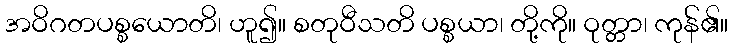
အဝိဂတပစ္စယောတိ၊ ဟူ၍။ စတုဝီသတိ ပစ္စယာ၊ တို့ကို။ ဝုတ္တာ၊ ကုန်၏။